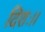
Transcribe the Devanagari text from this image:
दिशः।।